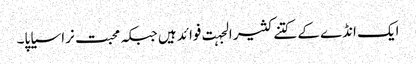
ایک انڈے کے کتنے کثیر الجہت فوائد ہیں جبکہ محبت نرا سیاپا۔